Report on vaccination North-West Frontier Province 1904-1922 - 1904-1922
Year: 1904
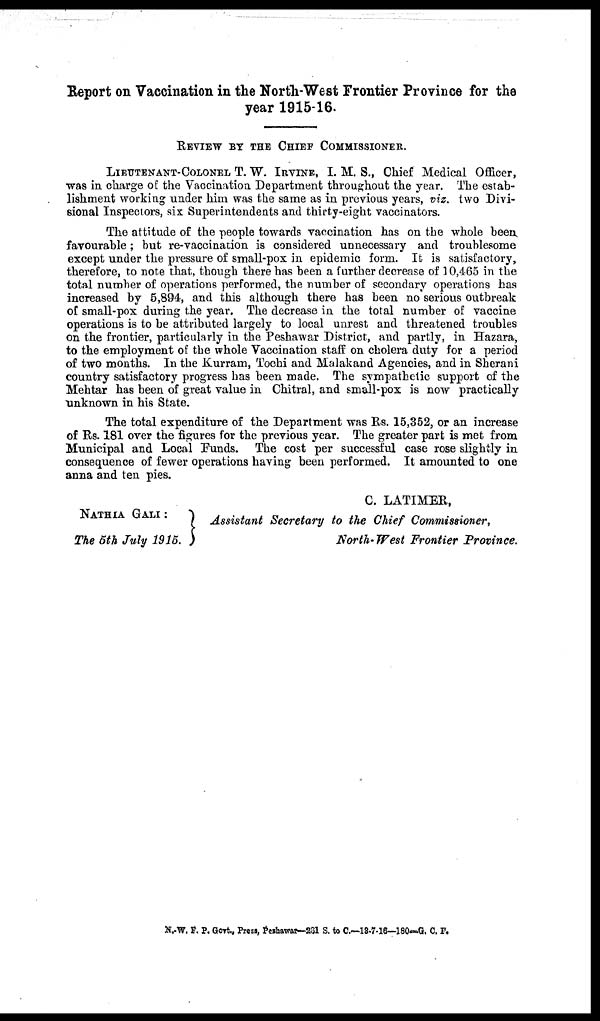
Report on Vaccination in the North-West Frontier Province for the
year 1915-16.
REVIEW BY THE CHIEF COMMISSIONER.
LIEUTENANT-COLONEL T. W. IRVINE, I. M. S., Chief Medical Officer,
was in charge of the Vaccination Department throughout the year. The estab-
lishment working under him was the same as in previous years, viz. two Divi-
sional Inspectors, six Superintendents and thirty-eight vaccinators.
The attitude of the people towards vaccination has on the whole been,
favourable; but re-vaccination is considered unnecessary and troublesome
except under the pressure of small-pox in epidemic form. It is satisfactory,
therefore, to note that, though there has been a further decrease of 10,465 in the
total number of operations performed, the number of secondary operations has
increased by 5,894, and this although there has been no serious outbreak
of small-pox during the year. The decrease in the total number of vaccine
operations is to be attributed largely to local unrest and threatened troubles
on the frontier, particularly in the Peshawar District, and partly, in Hazara,
to the employment of the whole Vaccination staff on cholera duty for a period
of two months. In the Kurram, Tochi and Malakand Agencies, and in Sherani
country satisfactory progress has been made. The sympathetic support of the
Mehtar has been of great value in Chitral, and small-pox is now practically
unknown in his State.
The total expenditure of the Department was Rs. 15,352, or an increase
of Rs. 181 over the figures for the previous year. The greater part is met from
Municipal and Local Funds. The cost per successful case rose slightly in
consequence of fewer operations having been performed. It amounted to one
anna and ten pies.
NATHIA GALI :
The 5th July 1915.
C. LATIMER,
Assistant Secretory to the Chief Commissioner,
North-West Frontier Province.
N .W. F. P. Govt., Press, Peshawar—201 S. to C.—18-7-16—180—G. C. F.